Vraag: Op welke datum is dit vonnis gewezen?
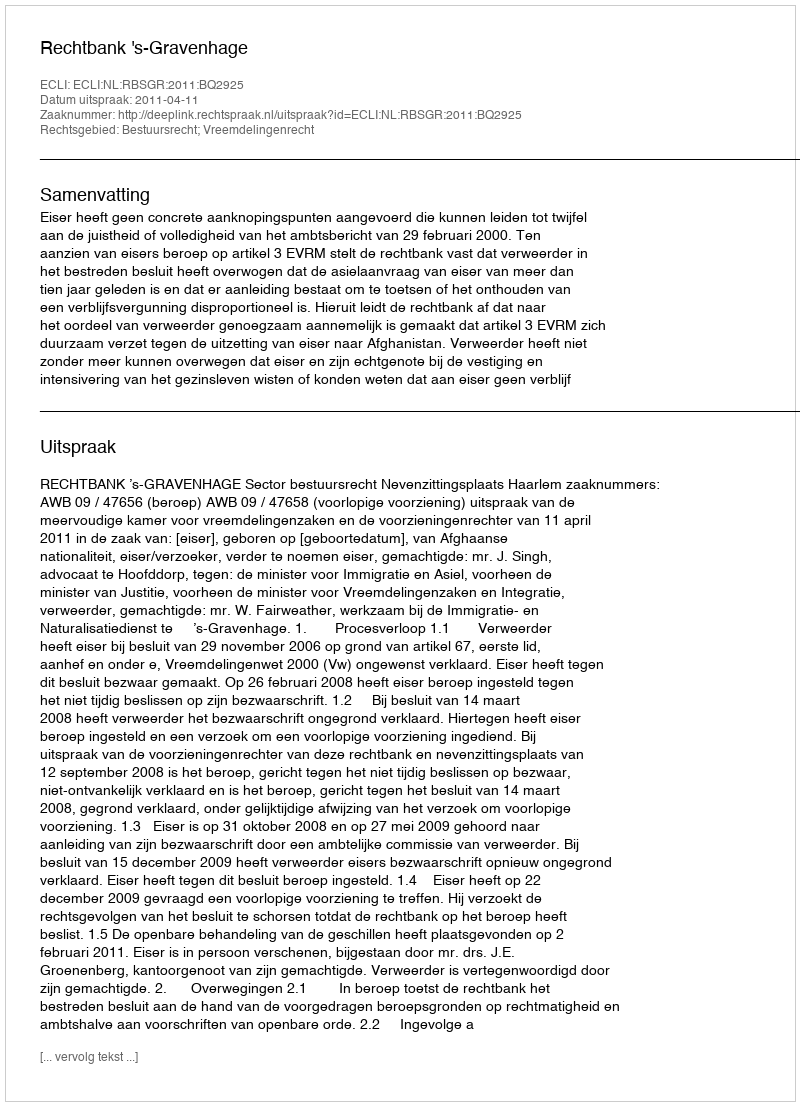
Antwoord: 2011-04-11